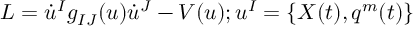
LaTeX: L = \dot { u } ^ { I } g _ { I J } ( u ) \dot { u } ^ { J } - V ( u ) ; u ^ { I } = \{ X ( t ) , q ^ { m } ( t ) \}